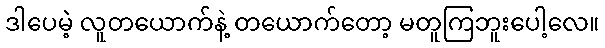
ဒါပေမဲ့ လူတယောက်နဲ့ တယောက်တော့ မတူကြဘူးပေါ့လေ။